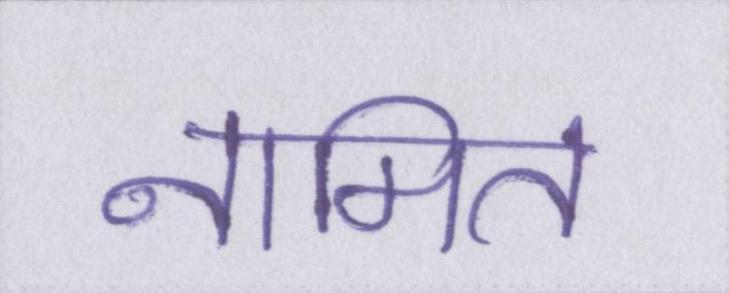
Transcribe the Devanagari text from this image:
नामित